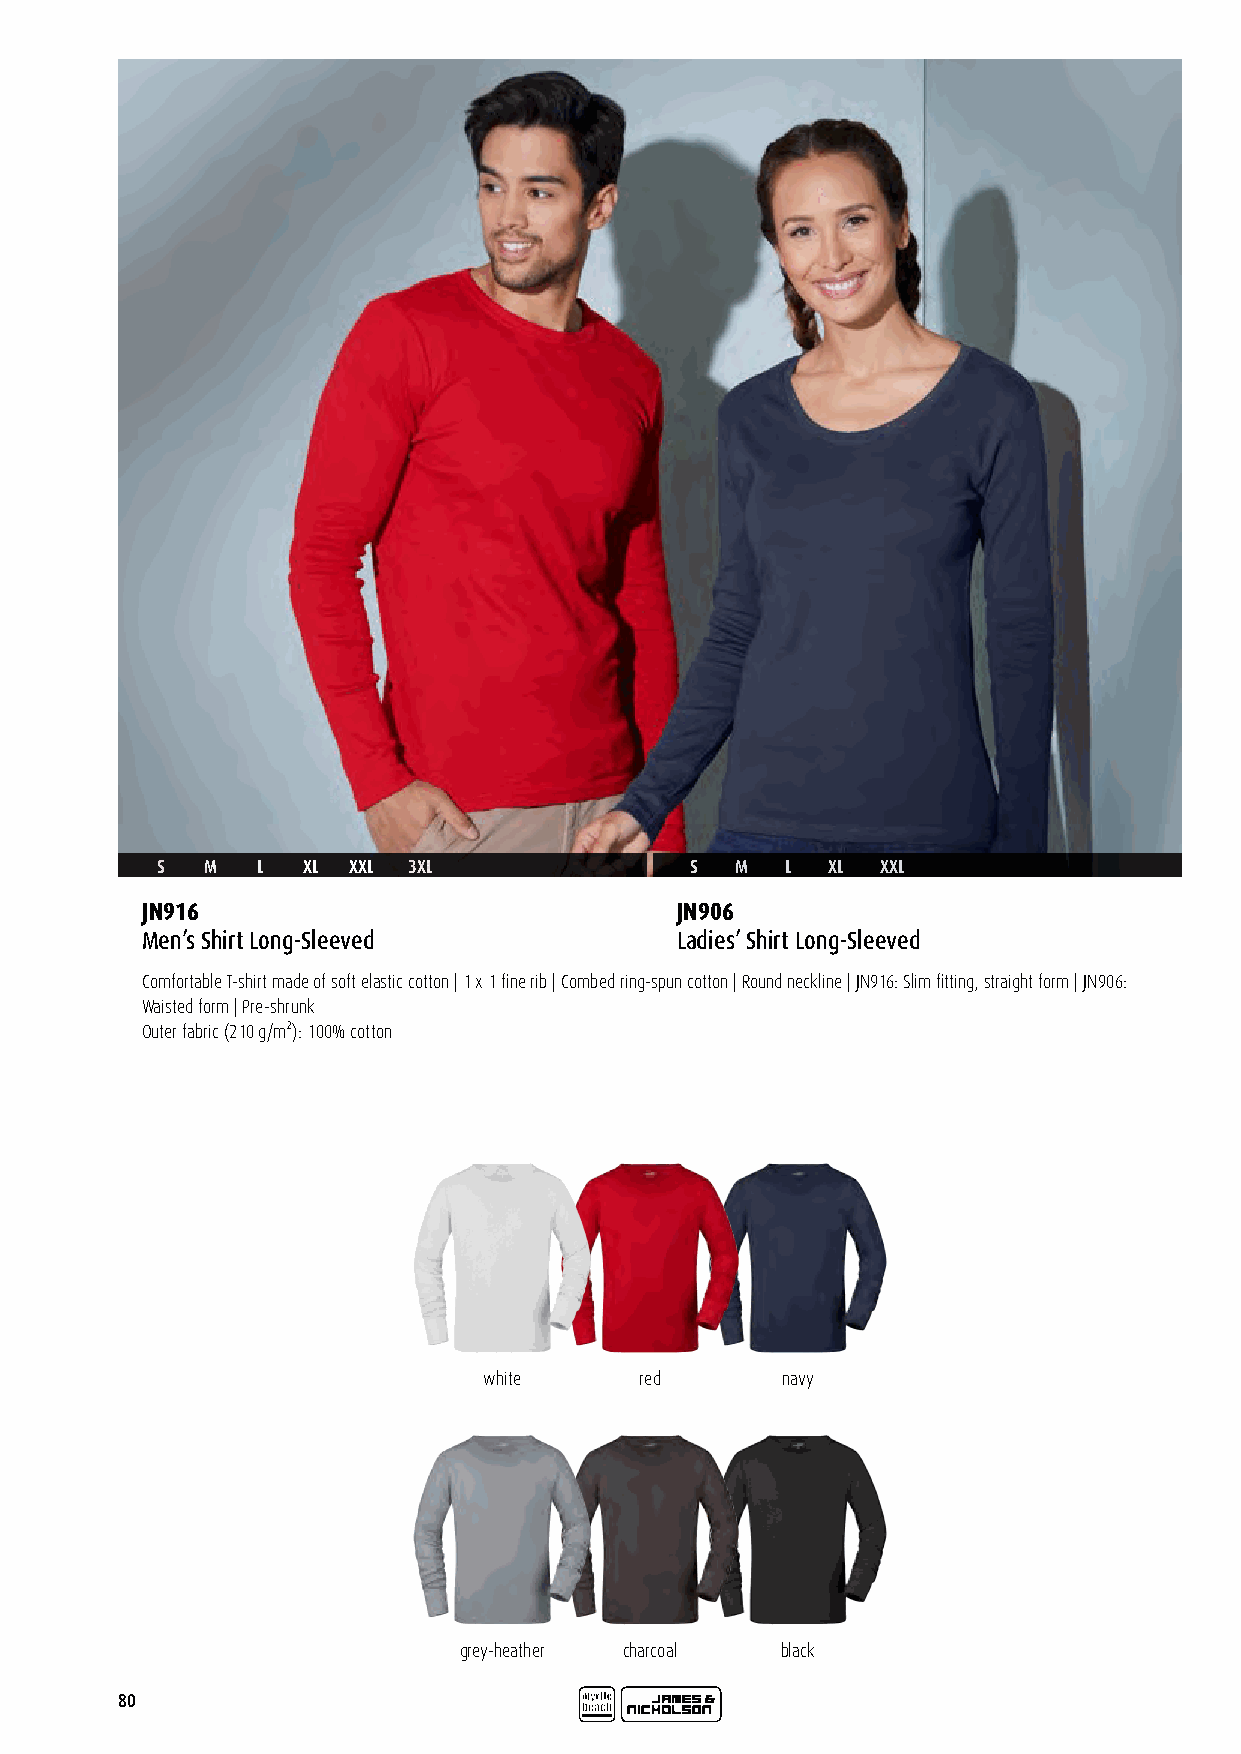
S   M  L  XL XXL 3XL                S  M  L  XL XXL
 JN916                               JN906
 Men’s Shirt Long-Sleeved            Ladies’ Shirt Long-Sleeved
 Comfortable T-shirt made of soft elastic cotton | 1 x 1 fine rib | Combed ring-spun cotton | Round neckline | JN916: Slim fitting, straight form | JN906:
 Waisted form | Pre-shrunk
 Outer fabric (210 g/m²): 100% cotton
 white     red       navy
 grey-heather charcoal black
 80